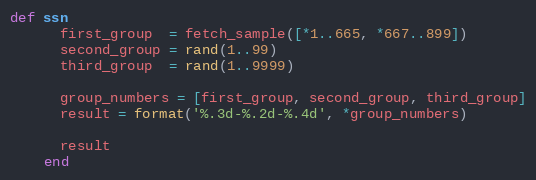
Language: Ruby
def ssn
      first_group  = fetch_sample([*1..665, *667..899])
      second_group = rand(1..99)
      third_group  = rand(1..9999)

      group_numbers = [first_group, second_group, third_group]
      result = format('%.3d-%.2d-%.4d', *group_numbers)

      result
    end